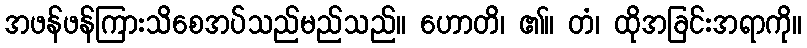
အဖန်ဖန်ကြားသိစေအပ်သည်မည်သည်။ ဟောတိ၊ ၏။ တံ၊ ထိုအခြင်းအရာကို။